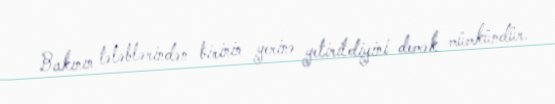
Bakının tələblərindən birinin yerinə yetirildiyini demək mümkündür.